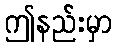
ဤနည်းမှာ